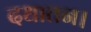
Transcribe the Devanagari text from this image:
दधातन।